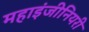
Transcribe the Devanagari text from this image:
महाइंजीनियरी